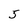
Character: 5